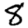
Digit: 8